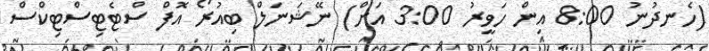
(ހެނދުނު 8:00 އިން ހަވީރު 3:00 އަށް) ނޭޝަނަލް ބިއުރޯ އޮފް ސްޓެޓިސްޓިކްސް